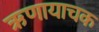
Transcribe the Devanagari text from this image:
ऋणायाचक